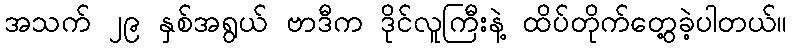
အသက် ၂၉ နှစ်အရွယ် ဗာဒီက ဒိုင်လူကြီးနဲ့ ထိပ်တိုက်တွေ့ခဲ့ပါတယ်။